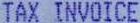
TAX INVOICE